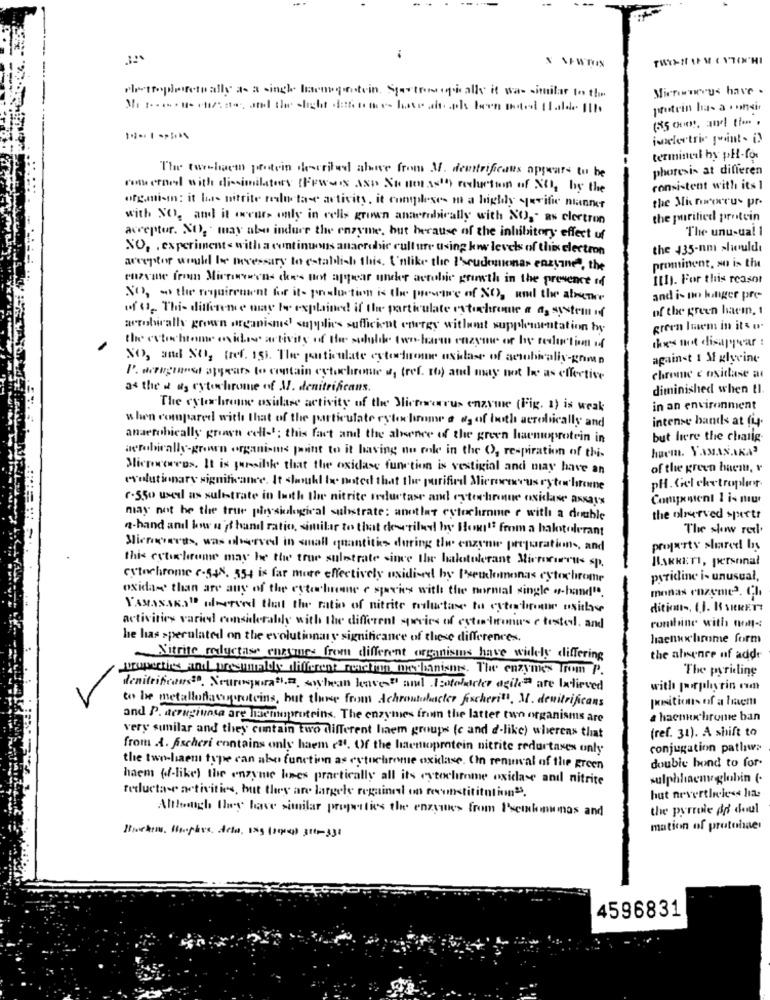
chetropinternally as a single lacoupestein, Startrouge alk it was sinitar to the
Micrownerus have
protein has a . unsi
joselectric point- in
termineil hy ph-for
The two-bacon protein described above from M. dentrificates appears to be
phoresis at differen
come conel with dissimilators (FEWwis ast Sonorastay restuction of NO, by the
consistent with its 1
the Mis moroweru- pr.
organi-in: it has nitrite realista- activity. it complese- m a highly qurific manner
with NO. and it our> only in cells grown anaerobically with NO, as electron
the purified protein
The unusual 1
acceptor. NO, may also induce the enzyme, but because of the inhibitory effect of
NO, . experiment with a continuons anaerobic culture using kww levels of this electron
the 435-nm shweuldt
prominent, so is the
acceptor would be necessary to establish this. I'mlike the Pseudomonas enzyine, the
enzyme from Mirriwwwens che's not appear under aerobic grinsth in the presence of
Ithy. For this reason
NO, so the requirement for it- production is the pressure of NO), and the absence
and i- po hanger pre
of". This difference may be explained if the particulate extofronte a a system if
of the green haein, 1
arrobirally grown organisms supplies sufficient energy without supplementation by
green Imem in its o
the exto home oxides activity of the solubile two-har enzyme of by reduction of
this mot disappear :
NO), and NO, tref. 15). The particulate cytorinone oxidase of actobiralis-comp
against 1 Mf glycine
chrome c osittase at
P. scragtarea appears to contain cytochrome a, (ref. 16) and may not In as effective
as the d as cytochrome of M. denitrificans.
diminished when tl.
The cytochrome osidase activity of the Microwearus enzyme (Fig. 1) is weak
in an environment
when compared with that of the particulate rytoclarome a og of both acrobically and
intense bands at (4.
anaerobically grown ecli-'; this fact and the absence of the green harnuprotein in
but here the chatig.
aerobically-grown organismus point to it having nu mole in the O, respiration of this
haem. YAMANAKA3
Microcoreos. It is passible that the oxidase function is vestigial and may have an
of the green baem, r
evolutionary significance. It should be noted that the purified Microcervus rytolitome
pH. Gel chetropler
7.550 used as sulistrate in both the nitrite reductase and cytochininne oxidase axKats
Competent 1 is nur
may not be the true physiological substrate: anotlar cytochrome e with a double
the olnatved sperte
a-hand and low a it hand ratio, similar to that described by Blomst from a halotolerant
The show reel.
Slingers, was dvorved in small quantities during the enzeni preparations, and
projetty shared by
this estilocome may be the true substrate since the balotolerant Microcirrus sp.
BskKETI, personal
Cytochrome c.54%. 354 is far more effectively oxidi-el by Pseudomonas cytochrome
pszidine i- unusual,
oxida- than are any of the estochrome c species with the normal single a-hand".
monas enzyme2. Ch
Y'AMASSES" after that the ratio of nitrite reductase to cyterbipour usithe
dition -, (.I. R SHRETT
activities varied considerably with the different species of estudiomus c tested, and
containe with nolt-
he has speculated on the evolutionary significance of these differences.
haenux limume form
Nitrite reductase engines from different organisms have widely differing
the absence nf add
properties and tremalde diffferent medim mechanisms. The enzymes Trom P.
The pyriding
denitrificaus. Neuroqueras.2. soybean have " and .Fotoladder agile are Ixdieved
with porphyrin cm
to be metalloflacoproteins, but those from Achroutobacter fischerits. M. denitrificans
positions of a laem
and P. acragiunta are laemoproteins. The enzymes frow the latter two organisms are
a hacmochrome ban
(ref. 31). A shift to
very sunilar and they contain two different laem groups (c and d-like) wherens that
from A. fischeri contains only haem e21. Of the haemoprotein nitrite redurtaxes only
conjugation pathw>
double hond to for-
the two-haen type can abe function as cytochrome oxidase. (In reninval of the green
haem (-like) the enzyme hees practically all its cytochrome oxidase anıl nitrite
sulphhaemoglobin (.
reducta-e activities, but they are largele regained on reconstitution.
hut nevertheless lia.
Although they have similar properties the enzyme> from Iseilgungs and
the pyrrole do doul
mation of protohae!
4596831